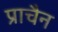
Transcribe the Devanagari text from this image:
प्राचैन